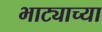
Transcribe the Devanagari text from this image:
भाट्याच्या